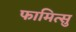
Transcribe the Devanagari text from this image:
फामित्सु